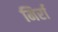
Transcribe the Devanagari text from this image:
मिर्रा